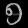
Digit: ၅